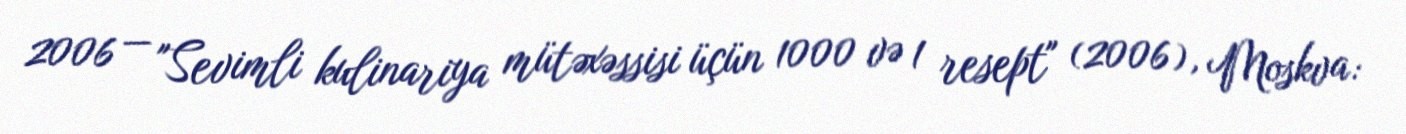
2006 — "Sevimli kulinariya mütəxəssisi üçün 1000 və 1 resept" (2006), Moskva: